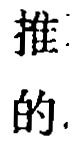
推的.